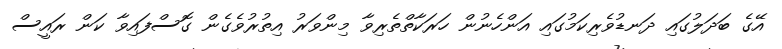
އޭގެ ބަދަލުގައި ދަނޑުވެރިކަމުގައި އަންހެނުން ހަރަކާތްތެރިވާ މިންވަރު އިތުރުވެގެން ގޮސްފައިވާ ކަން ރައީސް